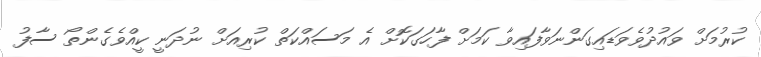
ކުރުމަށް ވައުދުވެވަޑައިގަންނަވާފައިވާ ކަމަށް ފާހަގަކޮށް އެ މަސައްކަތް ކުރިއަށް ނުދަނީ ކީއްވެގެންތޯ ސާފު